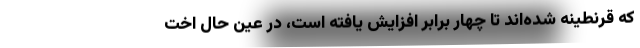
که قرنطینه شده‌اند تا چهار برابر افزایش یافته است، در عین حال اخت